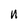
Character: n